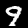
Label: 9